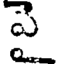
పై